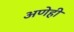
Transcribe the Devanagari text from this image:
अणेही